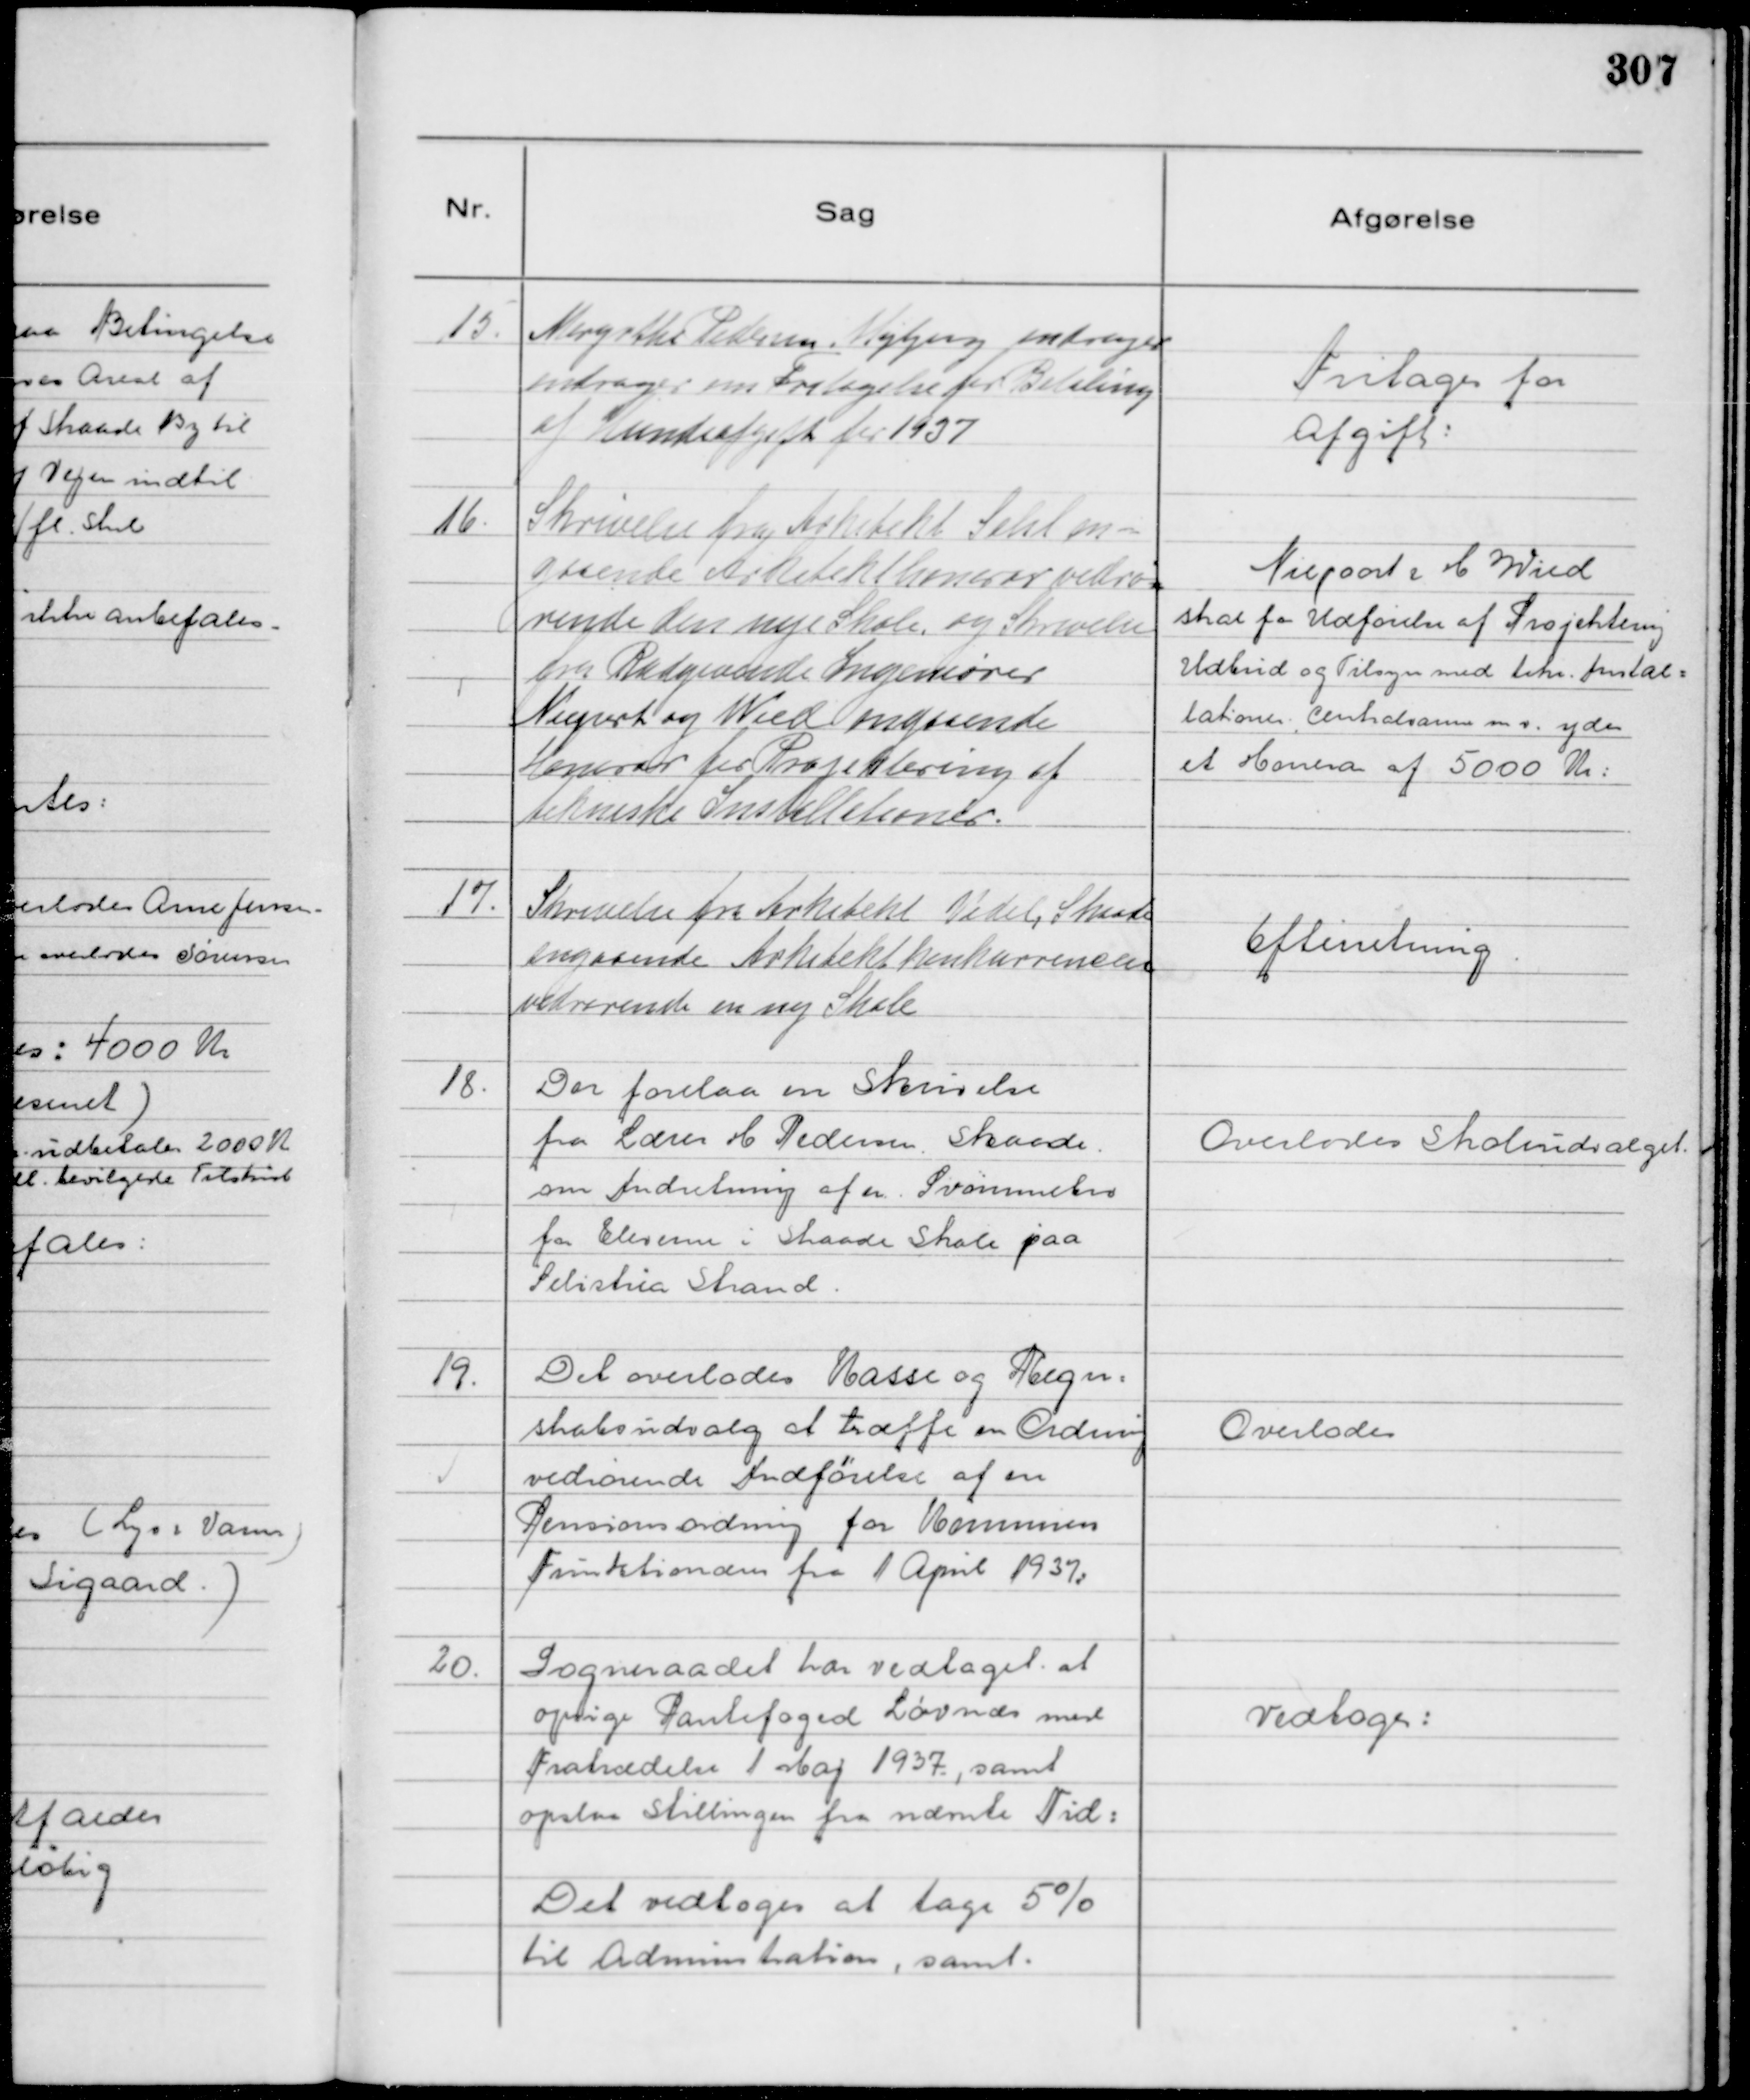
Transskription:
15.
Margrethe Pedersen Højbjerg andrager
andrager om Fritagelse for Betaling
af Hundeafgift for 1937

Fritages for
Afgift:

16.
Skrivelse fra Arkitekt Sehl an=
gaaende Arkitekthonerar vedrø=
rende den nye Skole og Skrivelse
fra Raadgivende Ingeniører
Niepoort og Wied angaaende
Honerar for Projektering af
tekniske Installationer.

Niepoort & M Wied
skal fra Udførelse af Projektering
Udbud og Tilsyn med tekn. Instal=
lationer, Centralvarme m v. ydes
et Honera af 5000 Kr:

17.
Skrivelse fra Atkitekt Vedel, Skaade
angaaende Arkitektkonkurrencen
vedrørende en ny Skole

Efterretning.

18.
Der forelaa en Skrivelse
fra Lærer M Pedersen. Skaade
om Indretning af en Svømmebro
for Eleverne i Skaade Skole paa
Selistria Strand.

Overlodes Skoleudvalget.

19.
Det overlodes Kasse og Regn=
skabsudvalg at træffe en Ordning
vedrørende Indførelse af en
Pensionsordning for Kommunen
Funktionærer fra 1 April 1937:

Overlodes

20.
Sogneraadet har vedtaget at
opsige Pantefoged Løvnæs med
Fratrædelse 1 Maj 1937, samt
opslaa Stillingen fra nævnte Tid:
Det vedtoges at tage 5%
til Administration, samt.

Vedtoges: